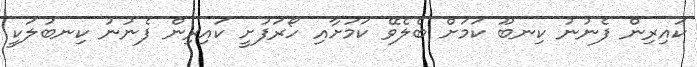
ކައިރިން ފެނުނު ކިނބޫ ކަމަށް ބެލެވޭ ކަމަށާއި ހޯރަފުށީ ކައިރިން ފެނުނު ކިނބުލަކީ